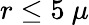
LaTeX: r\leq 5~\mu